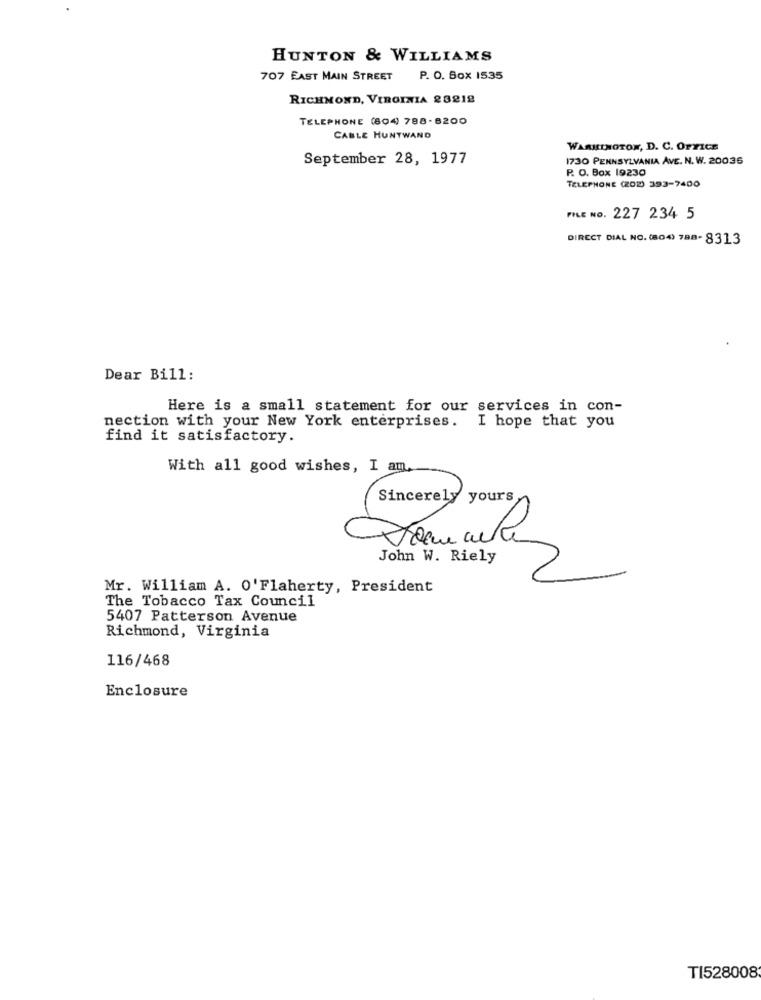
HUNTON & WILLIAMS
707 EAST MAIN STREET P. O. Box 1535
RICHMOND, VIRGINIA 28218
TELEPHONE (804) 788-8200
CABLE HUNTWAND
WARRINGTON, D. C. OFFICE
September 28, 1977
1730 PENNSYLVANIA AVE. N. W. 20036
P. O. Box 19230
TELEPHONE (ZOB) 393-7400
FILE NO. 227 234 5
DIRECT DIAL NO. (804) 788- 8313
Dear Bill:
Here is a small statement for our services in con-
nection with your New York enterprises. I hope that you
find it satisfactory.
With all good wishes, I am.
Sincerely yours
John W. Riely
Mr. William A. O'Flaherty, President
The Tobacco Tax Council
5407 Patterson Avenue
Richmond, Virginia
116/468
Enclosure
T1528008